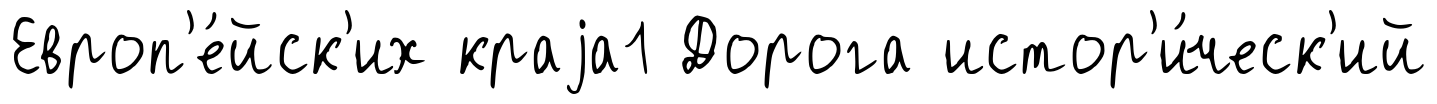
Европ'е́йск'их краjа1 Дорога истор'и́ческ'ий